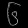
Digit: ၆